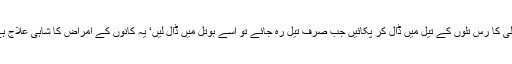
مولی کا رس تلوں کے تیل میں ڈال کر پکائیں جب صرف تیل رہ جائے تو اسے بوتل میں ڈال لیں‘ یہ کانوں کے امراض کا شاہی علاج ہے۔